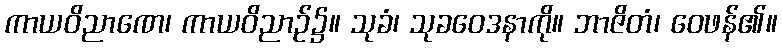
ကာယဝိညာဏေ၊ ကာယဝိညာဉ်၌။ သုခံ၊ သုခဝေဒနာကို။ ဘာဇိတံ၊ ဝေဖန်၏။